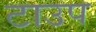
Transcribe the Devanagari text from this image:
टाउप